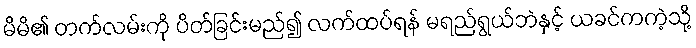
မိမိ၏ တက်လမ်းကို ပိတ်ခြင်းမည်၍ လက်ထပ်ရန် မရည်ရွယ်ဘဲနှင့် ယခင်ကကဲ့သို့